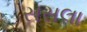
સસલા